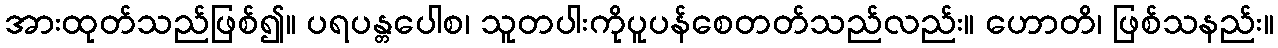
အားထုတ်သည်ဖြစ်၍။ ပရပန္တပေါစ၊ သူတပါးကိုပူပန်စေတတ်သည်လည်း။ ဟောတိ၊ ဖြစ်သနည်း။